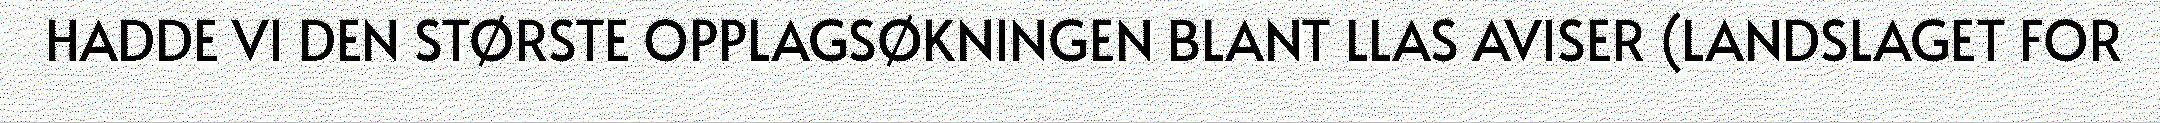
HADDE VI DEN STØRSTE OPPLAGSØKNINGEN BLANT LLAS AVISER (LANDSLAGET FOR